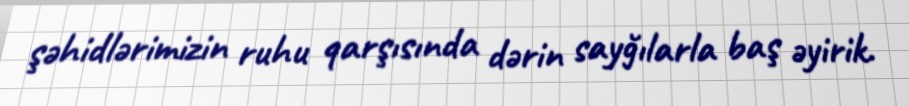
şəhidlərimizin ruhu qarşısında dərin sayğılarla baş əyirik.